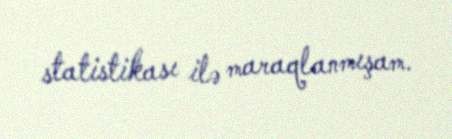
statistikası ilə maraqlanmışam.